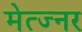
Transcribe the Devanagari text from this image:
मेत्ज्नर